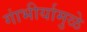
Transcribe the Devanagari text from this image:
गांभीर्यामुळे